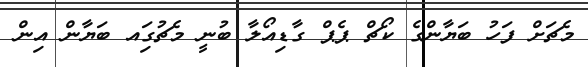
މެޗަށް ފަހު ބަޔާންގެ ކޯޗް ޕެޕް ގާޑިއޯލާ ބުނީ މެޗުގަިއ ބަޔާން އިން